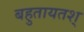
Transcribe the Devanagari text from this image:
बहुतायतश्